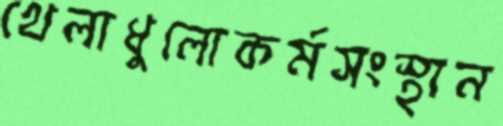
খেলাধুলোকর্মসংস্থান